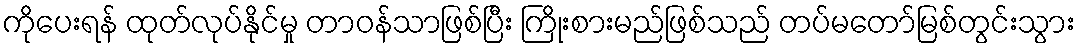
ကိုပေးရန် ထုတ်လုပ်နိုင်မှု တာဝန်သာဖြစ်ပြီး ကြိုးစားမည်ဖြစ်သည် တပ်မတော်မြစ်တွင်းသွား